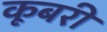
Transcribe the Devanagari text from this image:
कूबरी